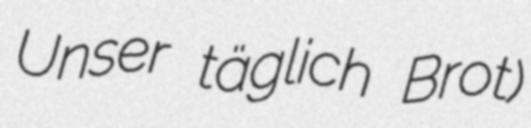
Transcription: Unser täglich Brot)